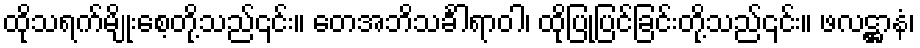
ထိုသရက်မျိုးစေ့တို့သည်၎င်း။ တေအဘိသင်္ခါရာဝါ၊ ထိုပြုပြင်ခြင်းတို့သည်၎င်း။ ဖလဋ္ဌာနံ၊